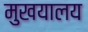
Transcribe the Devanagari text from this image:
मुखयालय